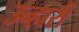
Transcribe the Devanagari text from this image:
उन्हारी